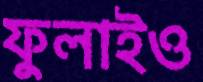
ফুলাইও